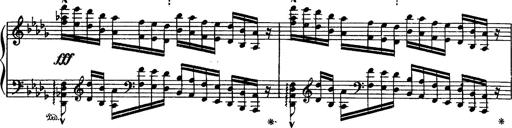
Title: Paraphrase de concert sur Rigoletto
Composer: Franz Liszt